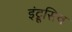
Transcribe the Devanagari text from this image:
इंट्रूसिव